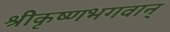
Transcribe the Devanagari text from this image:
श्रीकृष्णभगवान्